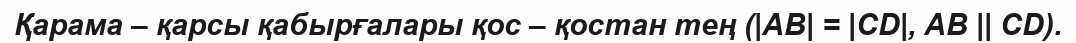
Қарама – қарсы қабырғалары қос – қостан тең (|AB| = |CD|, AB || CD).